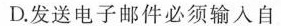
D.发送电子邮件必须输入自